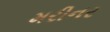
મરીનર